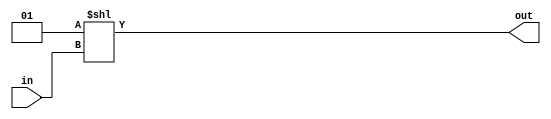
module onehot (
    input [3:0]in,
    output [15:0] out 
);
assign out= (1 <<in);

endmodule